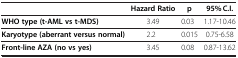
|  | Hazard Ratio | p | 95% C.I. |
 | --- | --- | --- | --- |
 | WHO type (t-AML vs t-MDS) | 3.49 | 0.03 | 1.17-10.46 |
 | Karyotype (aberrant versus normal) | 2.2 | 0.015 | 0.75-6.58 |
 | Front-line AZA (no vs yes) | 3.45 | 0.08 | 0.87-13.62 |